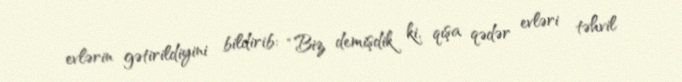
evlərin gətirildiyini bildirib: “Biz demişdik ki, qışa qədər evləri təhvil